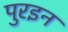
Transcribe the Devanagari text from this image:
पुरइन